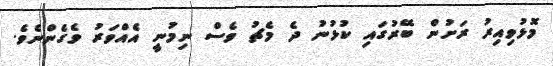
މޮޅުވިއިރު ރަށުން ބޭރުގައި ކުޅުނު ދެ މެޗު ވެސް ނިމުނީ އެއްވަރު ވެގެންނެވެ.